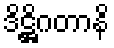
ဒိဋ္ဌိဂတာနိ